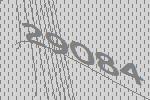
29084